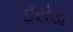
દરોડા